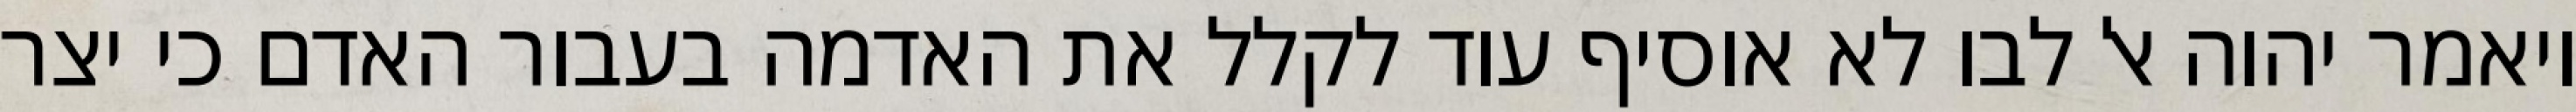
ויאמר יהוה אל לבו לא אוסיף עוד לקלל את האדמה בעבור האדם כי יצר